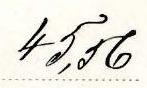
45,56